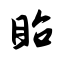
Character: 眙